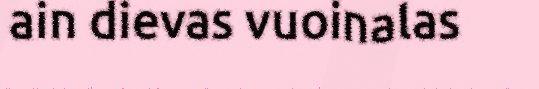
ain dievas vuoinalas